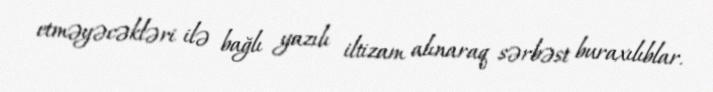
etməyəcəkləri ilə bağlı yazılı iltizam alınaraq sərbəst buraxılıblar.